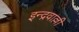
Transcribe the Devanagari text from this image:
इन्द्रवाल्ली